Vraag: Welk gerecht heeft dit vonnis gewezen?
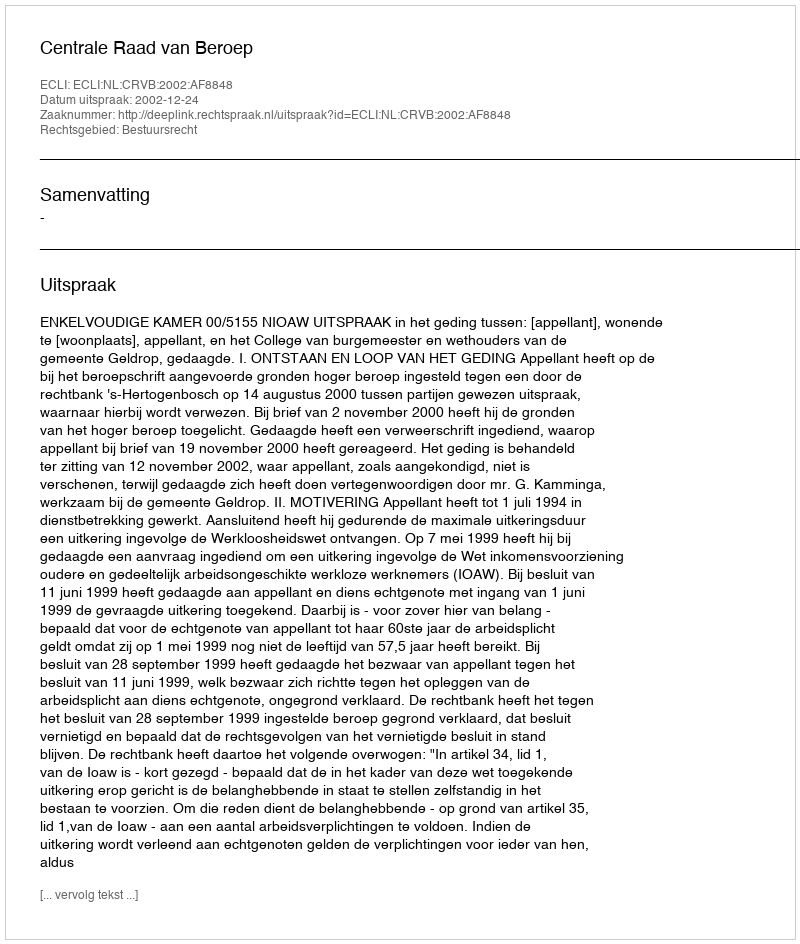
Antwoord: Centrale Raad van Beroep